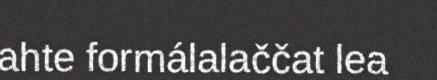
ahte formálalaččat lea